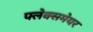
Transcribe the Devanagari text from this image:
फ्लेक्समेयर